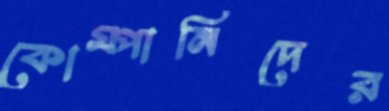
কোম্পানিদের